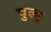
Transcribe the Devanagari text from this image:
चुल्हू